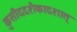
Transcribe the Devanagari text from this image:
कुसीददशैकादशात्